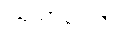
ဩသာရေသိ